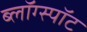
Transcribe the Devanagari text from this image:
ब्लॉग्स्पॉट